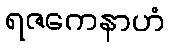
ရဇကေနာဟံ